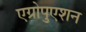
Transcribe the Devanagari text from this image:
एग्रोपुएशन